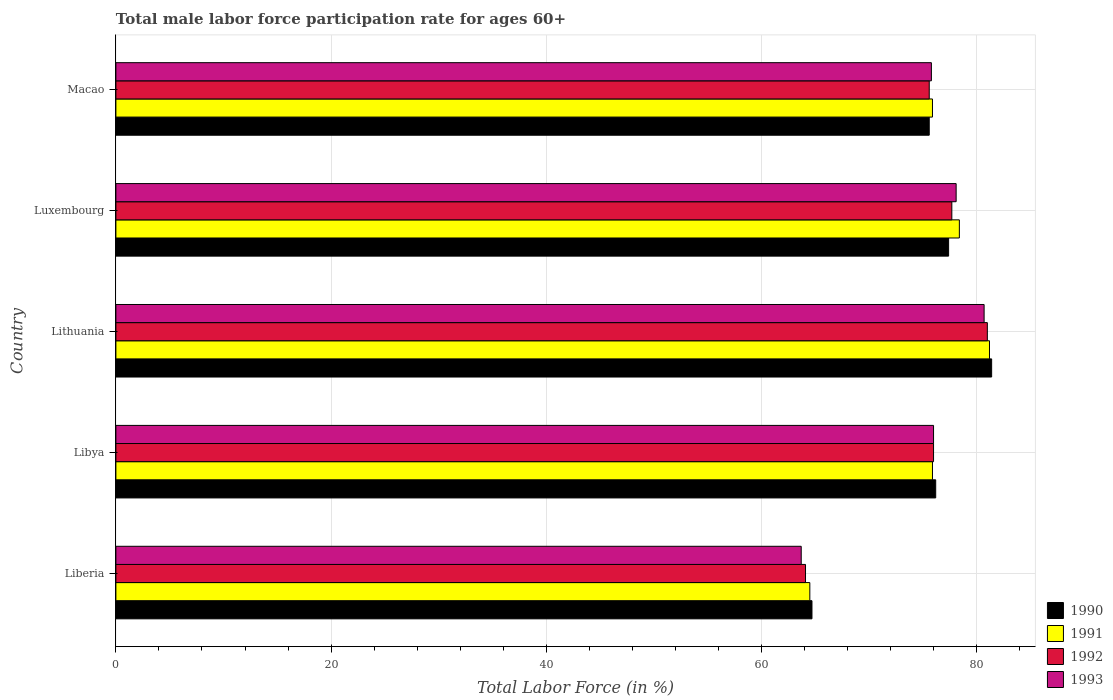
| Country | 1990 | 1991 | 1992 | 1993 |
 | --- | --- | --- | --- | --- |
 | Liberia | 64.7 | 64.5 | 64.1 | 63.7 |
 | Libya | 76.2 | 75.9 | 76 | 76 |
 | Lithuania | 81.4 | 81.2 | 81 | 80.7 |
 | Luxembourg | 77.4 | 78.4 | 77.7 | 78.1 |
 | Macao | 75.6 | 75.9 | 75.6 | 75.8 |